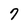
Character: 7